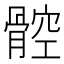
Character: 𩩝